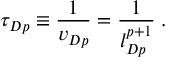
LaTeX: \tau _ { D p } \equiv \frac { 1 } { v _ { D p } } = \frac { 1 } { l _ { D p } ^ { p + 1 } } \; .